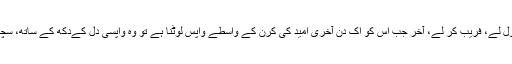
اُس میں کوئی جھوٹ بول لے، فریب کر لے، آخر جب اُس کو اِک دِن آخری اُمید کی کرن کے واسطے واپس لوٹنا ہے تو وُہ واپسی دِل کےدُکھ کے ساتھ، سچائی سے بھرپور ہوگی۔